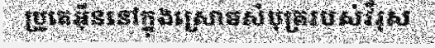
ប្រូតេអ៊ីននៅក្នុងស្រោមសំបុត្ររបស់វីរុស